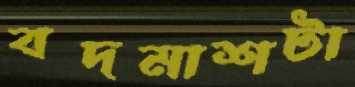
বদমাশটা